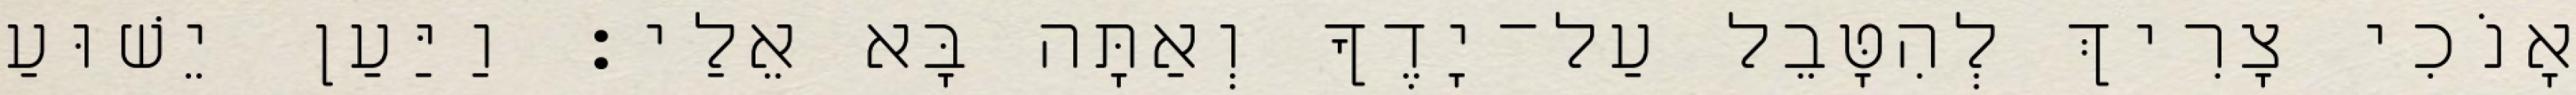
אָנֹכִי צָרִיךְ לְהִטָּבֵל עַל־יָדֶךָ וְאַתָּה בָּא אֵלַי׃ וַיַּעַן יֵשׁוּעַ